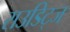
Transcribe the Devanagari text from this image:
राउडिट्ज